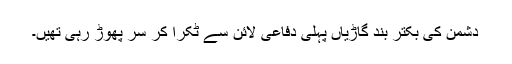
دشمن کی بکتر بند گاڑیاں پہلی دفاعی لائن سے ٹکرا کر سر پھوڑ رہی تھیں۔